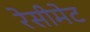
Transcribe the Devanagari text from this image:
रेसीमेट